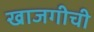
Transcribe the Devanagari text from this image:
खाजगीची